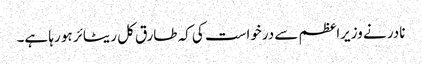
نادر نے وزیراعظم سے درخواست کی کہ طارق کل ریٹائر ہو رہا ہے۔